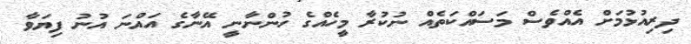
ދިރިއުޅުމަށް އެއްވެސް މަސައްކަތެއް ނުކުރާ މީހެއްގެ ހުންނާނީ އޭނާގެ އައްނަ އުނު ފިޔަވާ